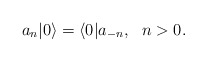
\begin{align*}a_n|0\rangle=\langle0|a_{-n},~~n>0.\end{align*}